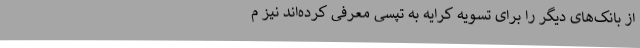
از بانک‌های دیگر را برای تسویه کرایه به تپسی معرفی کرده‌اند نیز م